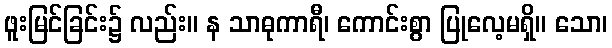
ဖူးမြင်ခြင်း၌ လည်း။ န သာဓုကာရီ၊ ကောင်းစွာ ပြုလေ့မရှိ။ သော၊